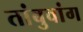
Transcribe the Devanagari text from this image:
तांबुवांग